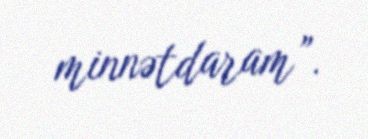
minnətdaram”.